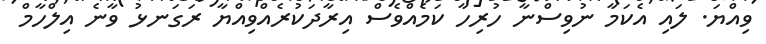
ވިއްޔަ. ލައި އެކަމާ ނުވިސްނާ ހުރިހާ ކަމެއްވެސް އިރާދަކުރެއްވިއްޔާ ރަގަނޅު ވާނެ އިލްހާމް